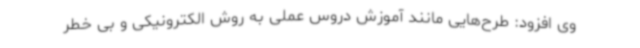
وی افزود: طرح‌هایی مانند آموزش دروس عملی به روش الکترونیکی و بی خطر